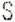
S